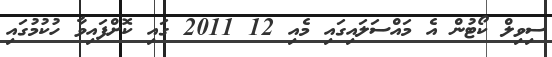
ސިވިލް ކޯޓުން އެ މައްސަލައިގައި މެއި 12 2011 ގައި ކޮށްފައިވާ ހުކުމުގައި